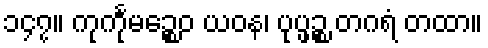
၁၄၇။ ကုင်္ကုမဉ္စေဝ ယဝန၊ ပုပ္ဖဉ္စ တဂရံ တထာ။